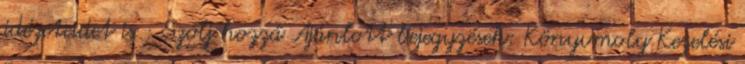
idézeteidet is : Szólj hozzá Ajánlott bejegyzések: Könyvmoly Kezelési